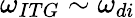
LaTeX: \omega_{ITG}\sim\omega_{di}